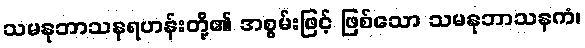
သမနုဘာသနရဟန်းတို့၏ အစွမ်းဖြင့် ဖြစ်သော သမနုဘာသနကံ၊